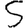
Digit: 5